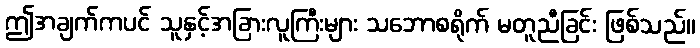
ဤအချက်ကပင် သူနှင့်အခြားလူကြီးများ သဘောစရိုက် မတူညီခြင်း ဖြစ်သည်။